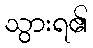
သွားရ၏